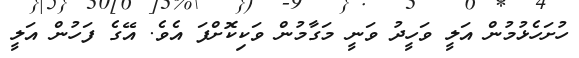
ހުށަހެޅުމުން އަލީ ވަހީދު ވަނީ މަގާމުން ވަކިކޮށްފަ އެވެ. އޭގެ ފަހުން އަލީ